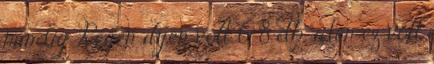
mindig Régen ilyen volt 6-8 db, idén ez volt